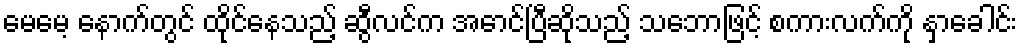
မေမေ့ နောက်တွင် ထိုင်နေသည့် ဆွီလင်က အောင်ပြီဆိုသည့် သဘောဖြင့် စကားလက်ကို နှာခေါင်း